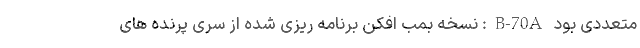
متعددی بود B-70A: نسخه بمب افکن برنامه ریزی شده از سری پرنده های